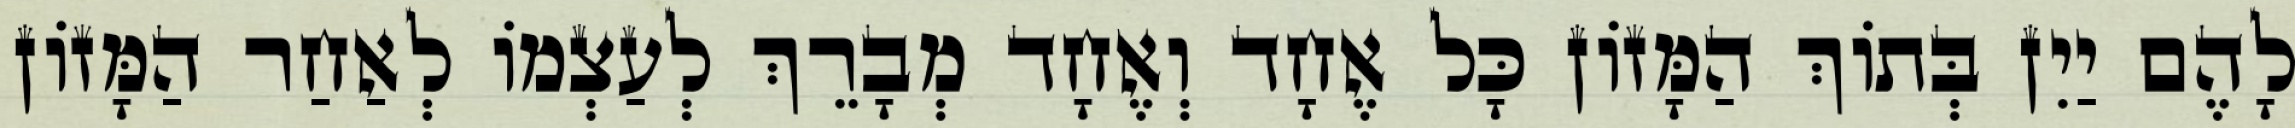
לָהֶם יַיִן בְּתוֹךְ הַמָּזוֹן כָּל אֶחָד וְאֶחָד מְבָרֵךְ לְעַצְמוֹ לְאַחַר הַמָּזוֹן